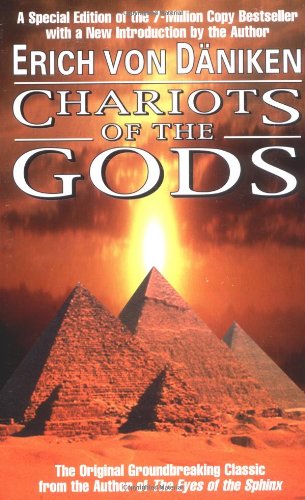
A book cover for Chariots of the Gods: Unsolved Mysteries of the Past; Erich von DÃ¤niken; Science & Math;